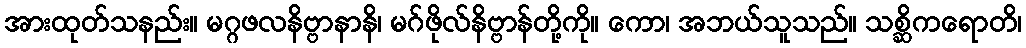
အားထုတ်သနည်း။ မဂ္ဂဖလနိဗ္ဗာနာနိ၊ မဂ်ဖိုလ်နိဗ္ဗာန်တို့ကို။ ကော၊ အဘယ်သူသည်။ သစ္ဆိကရောတိ၊